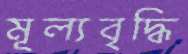
মূল্যবৃদ্ধি